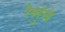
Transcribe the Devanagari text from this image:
रेणुंचे